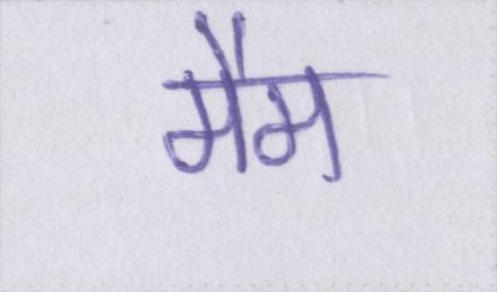
मैम